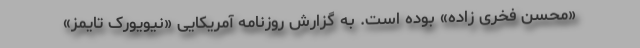
«محسن فخری زاده» بوده است. به گزارش روزنامه آمریکایی «نیویورک تایمز»